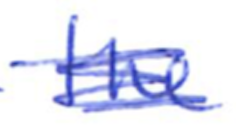
Text: the
Cross-out: scratch
Writing tool: ballpoint